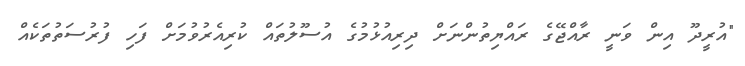
"އުރީދޫ އިން ވަނީ ރާއްޖޭގެ ރައްޔިތުންނަށް ދިރިއުޅުމުގެ އުސޫލުތައް ކުރިއެރުވުމަށް ފަހި ފުރުސަތުތަކެއް